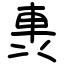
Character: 軣